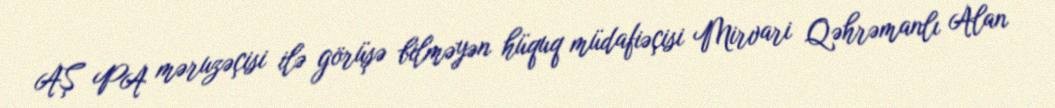
AŞ PA məruzəçisi ilə görüşə bilməyən hüquq müdafiəçisi Mirvari Qəhrəmanlı Alan